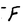
Character: F